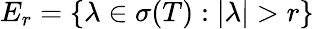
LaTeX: E_{r}=\left\{ \lambda\in\sigma(T):|\lambda|>r\right\}